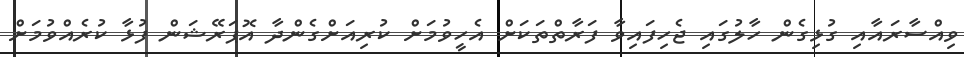
ވިއްސާރައާއި ގުޅިގެން ހާލުގައި ޖެހިފައިވާ ފަރާތްތަކަށް އެހީވުމަށް ކުރިއަށްގެންދާ އޮޕަރޭޝަން ފުޅާ ކުރެއްވުމަށް